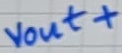
Text: vout+